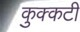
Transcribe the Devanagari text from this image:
कुक्कटी